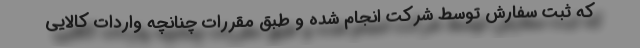
که ثبت سفارش توسط شرکت انجام شده و طبق مقررات چنانچه واردات کالایی